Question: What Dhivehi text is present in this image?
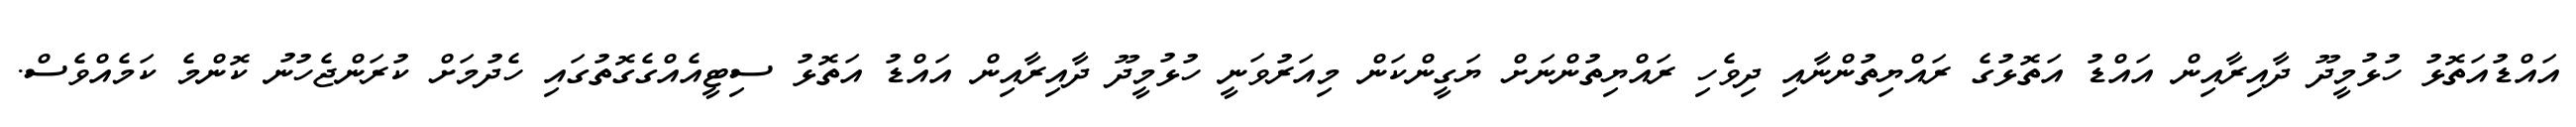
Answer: އައްޑުއަތޮޅު ހުޅުމީދޫ ދާއިރާއިން އައްޑު އަތޮޅުގެ ރައްޔިތުންނާއި ދިވެހި ރައްޔިތުންނަށް ޔަގީންކަން މިއަރުވަނީ ހުޅުމީދޫ ދާއިރާއިން އައްޑު އަތޮޅު ސިޓީއެއްގެގޮތުގައި ހެދުމަށް ކުރަންޖެހުނު ކޮންމެ ކަމެއްވެސް.